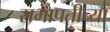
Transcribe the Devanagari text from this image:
सभापतीच्या